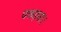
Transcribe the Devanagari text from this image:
पकड़ना।